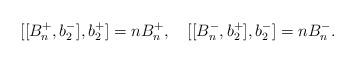
LaTeX: \begin{align*}[[B_n^+,b_2^-],b_2^+]=nB_n^+,\quad [[B_n^-,b_2^+],b_2^-]=nB_n^-. \end{align*}